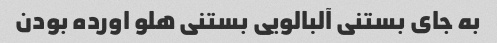
به جای بستنی آلبالویی بستنی هلو اورده بودن